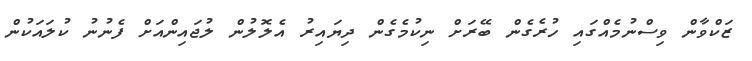
ޒަކްވާން ވިސްނުމެއްގައި ހުރެގެން ބޭރަށް ނިކުމެގެން ދިޔައިރު އެލޮލުން ލުޖައިންއަށް ފެނުނު ކުލައަކުން